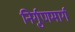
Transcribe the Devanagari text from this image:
निर्गुणमार्ग